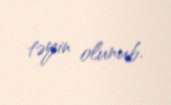
təyin olunub.